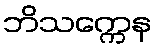
ဘိသက္ကေန